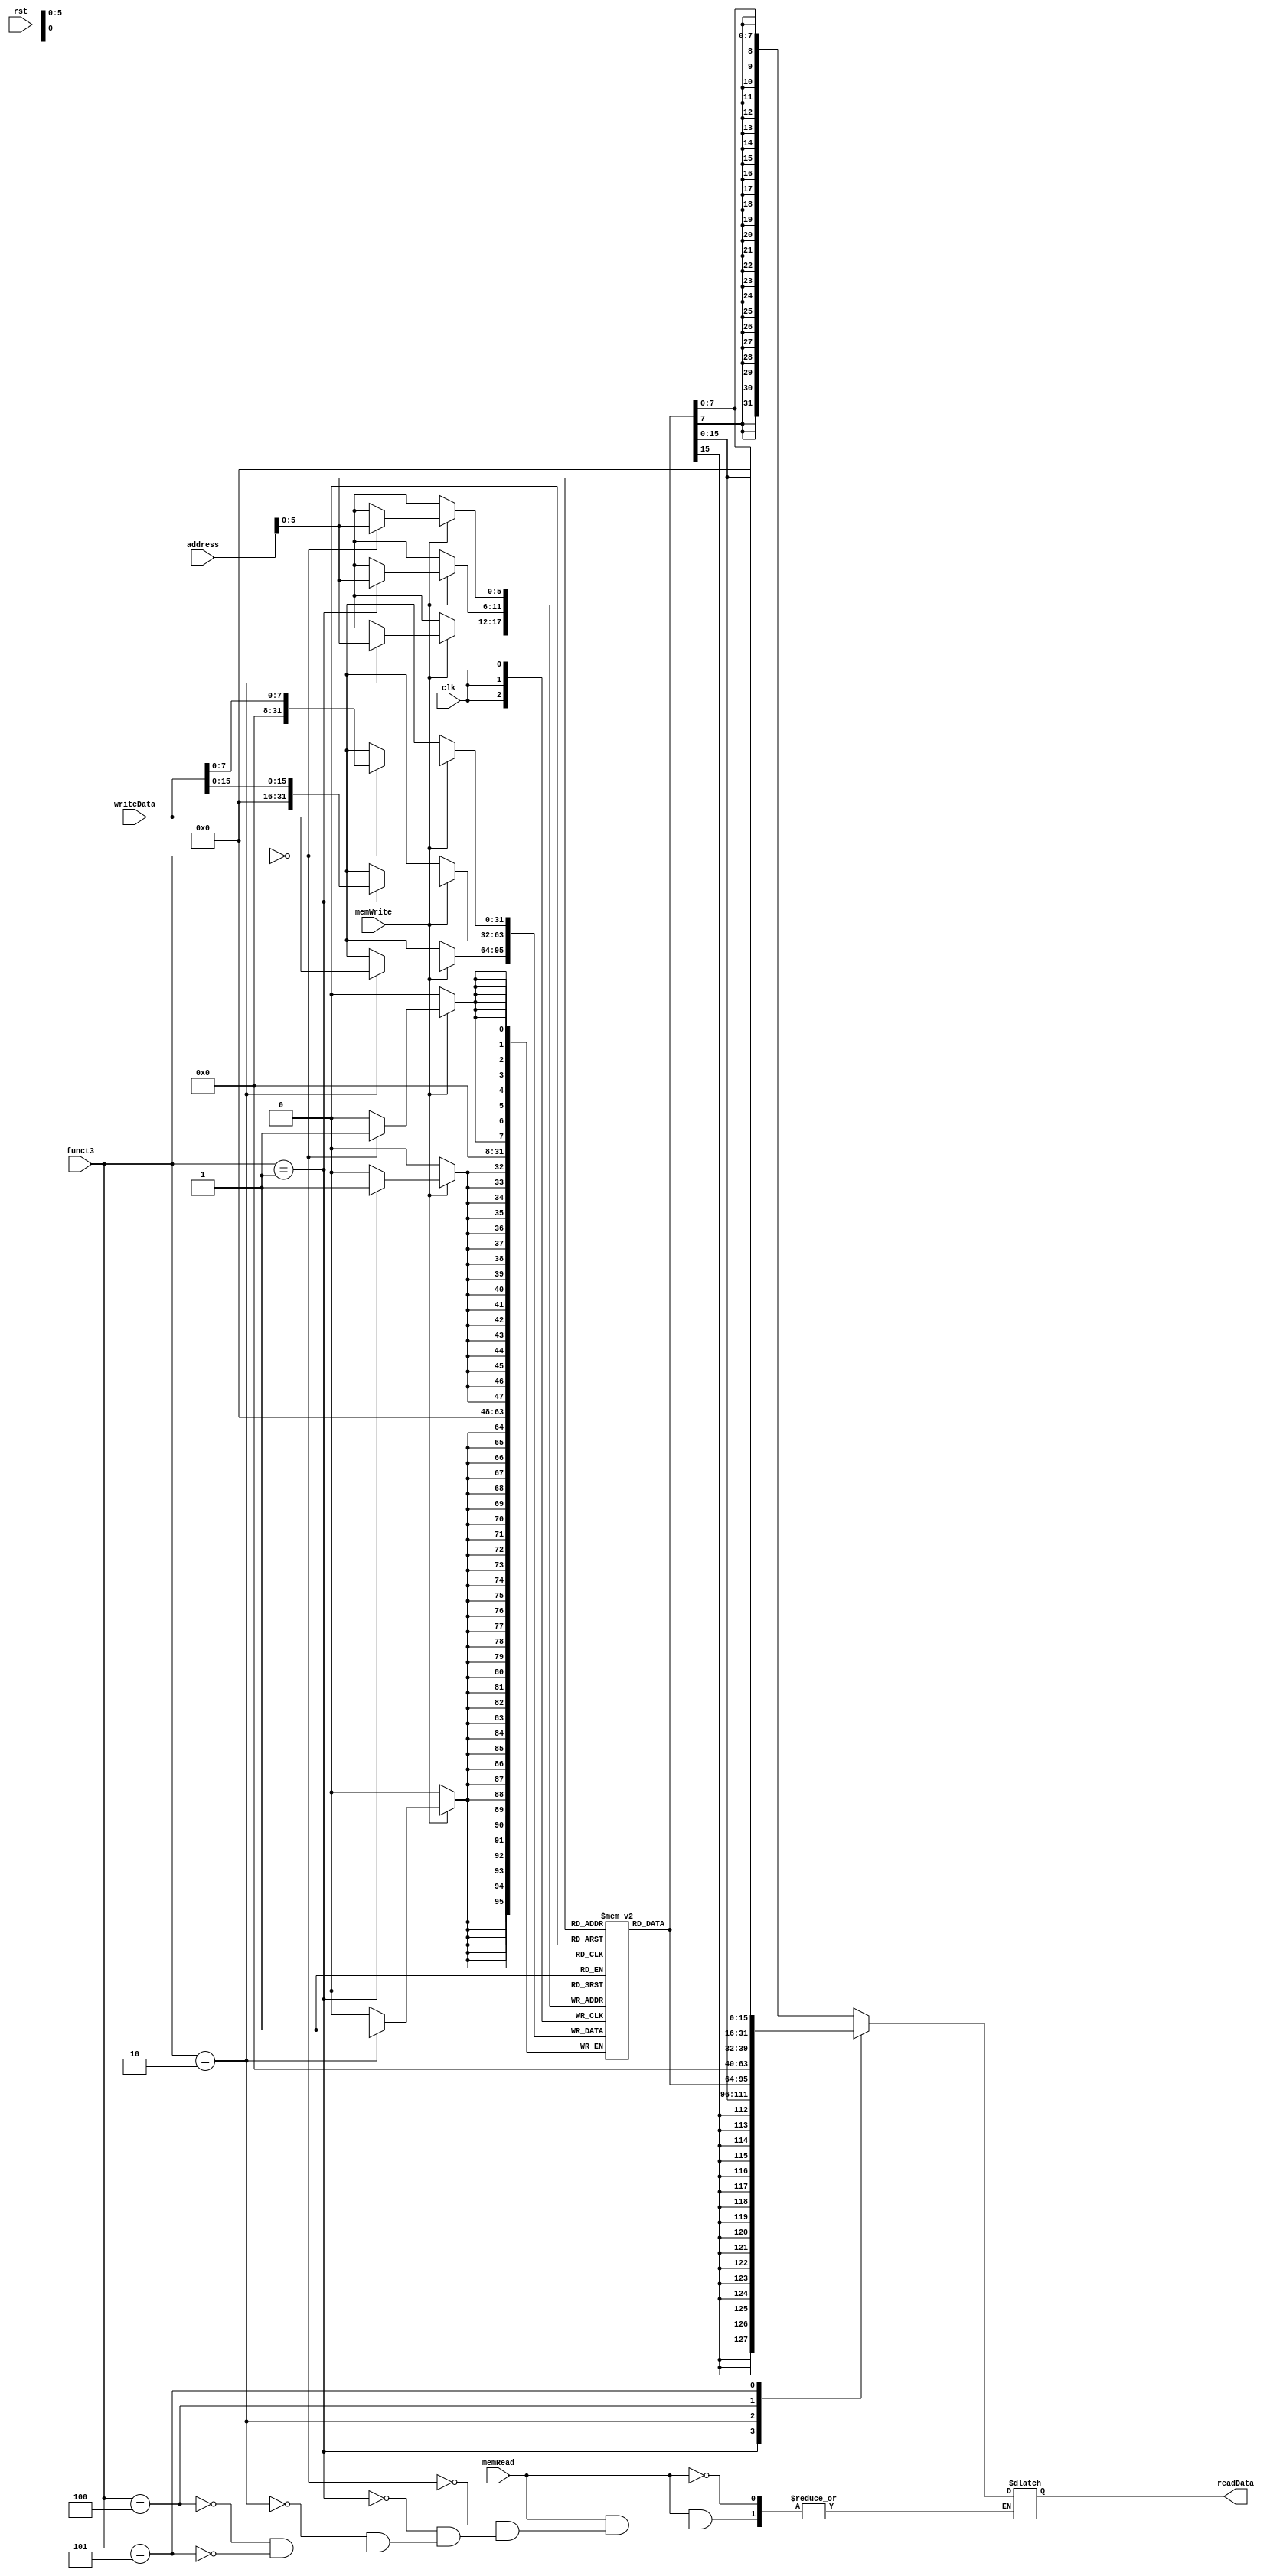
`timescale 1ns / 1ps

module dataMemory
    (
    input clk, rst,
    input [31:0] address,           // related address
    input [31:0] writeData,         // data to write
    input memRead,                  // read control signal
    input memWrite,                 // write control signal
    input [2:0] funct3,             // to decide load or store 32bits, 16bits or 8 bits
    
    output reg [31:0] readData          // output
    );
    
    reg [31:0] mem [63:0];
    
    //groupB
    localparam [2:0] LB  = 3'b000;
    localparam [2:0] LH  = 3'b001;
    localparam [2:0] LW  = 3'b010;
    localparam [2:0] LBU = 3'b100;
    localparam [2:0] LHU = 3'b101;
    
    //groupC
    localparam [2:0] SB = 3'b000;
    localparam [2:0] SH = 3'b001;
    localparam [2:0] SW = 3'b010;
    
    initial                                             // VALUE "0" WAS WRITTEN IN TO MEMORY ADRESSES FROM 2 TO 63. 
        begin: memInit                                  // VALUES FOR MEMORY ADRESSES 0 AND 1 WERE DEFINED BY HAND
        integer i;
        for(i=2;i<64;i=i+1) 
            begin
            mem [i] = 32'b0; // mem [i] = i;
            end
        
        mem[0] = 32'b01010101010101010101010101010101;
        mem[1] = 32'b10101010101010101010101010101010;
        
        end

    always@(posedge clk)
        begin
        if(memWrite)
            begin
            case(funct3)
                SB:
                    begin
                    mem[address][7:0] <= writeData[7:0];
                    end
                SH:
                    begin
                    mem[address][15:0] <= writeData[15:0];
                    end
                SW: 
                    begin
                    mem[address] <= writeData;
                    end
            endcase
            end   
        end
    
    always@(*)
        begin
        if(memRead)
            begin
            case(funct3)
                LB:
                    begin
                    readData  = { {24{mem[address][7]}}, mem[ address ][7:0]};
                    end
                LH:
                    begin
                    readData  = { {16{mem[address][15]}}, mem[ address ][15:0]};
                    end
                LW:
                    begin
                    readData[31:0] = mem[address][31:0];
                    end
                LBU:
                    begin
                    readData  = { {24{1'b0}}, mem[ address ][7:0]};
                    end
                LHU:
                    begin
                    readData  = { {16{1'b0}}, mem[ address ][15:0]};
                    end
            endcase
            end
        end    
endmodule